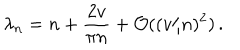
\lambda _ { n } = n + \frac { 2 v } { \pi n } + { \cal O } ( ( v / n ) ^ { 2 } ) \, .